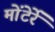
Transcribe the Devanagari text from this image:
मोंटेर्रे